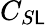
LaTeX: C_{S\mathsf{L}}